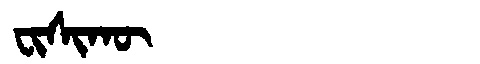
Manchu: ᠸᡳᠰᡳᡴᡡ
Romanization: FISIKŪ